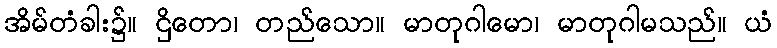
အိမ်တံခါး၌။ ဌိတော၊ တည်သော။ မာတုဂါမော၊ မာတုဂါမသည်။ ယံ